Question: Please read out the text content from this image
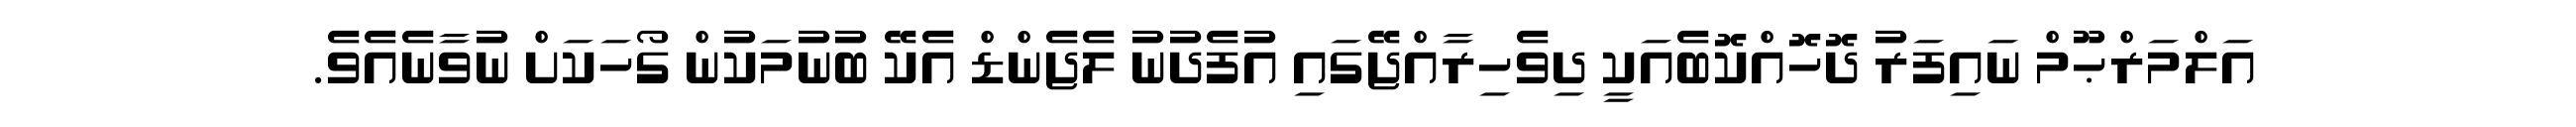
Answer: އަލްމަރްޙޫމް ނައިފަރު ދޮހޮއްކޮބެއަކީ ދިވެހިރާއްޖޭގައި އުފެދުނު ލެޖެންޑް އެކޭ ބުނުމަކުން ގޯހަކަށް ނުވާނެއެވެ.